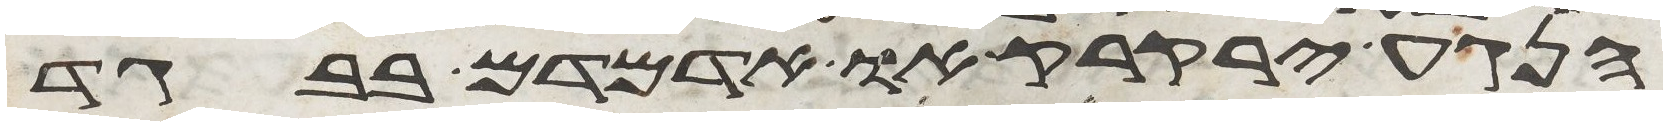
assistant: הנגע ירקרק או אדמדם בבגד